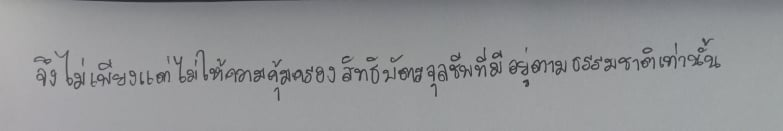
จึงไม่เพียงแต่ไม่ให้ความคุ้มครองสิทธิบัตรจุลชีพที่มีอยู่ตามธรรมชาติเท่านั้น